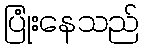
ပြုံးနေသည်